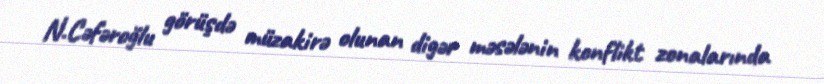
N.Cəfəroğlu görüşdə müzakirə olunan digər məsələnin konflikt zonalarında